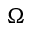
\Omega